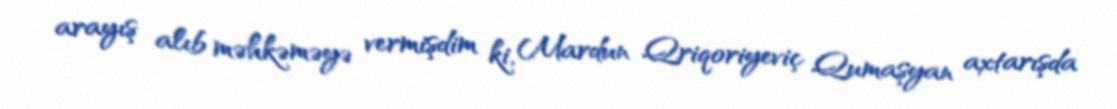
arayış alıb məhkəməyə vermişdim ki, Mardun Qriqoriyeviç Qumaşyan axtarışda